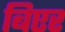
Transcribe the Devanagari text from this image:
बिएर